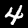
Label: 4